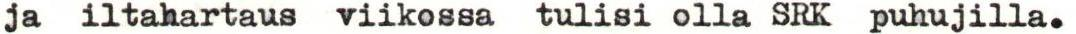
ja iltahartaus viikossa tulisi olla SRK puhujilla.